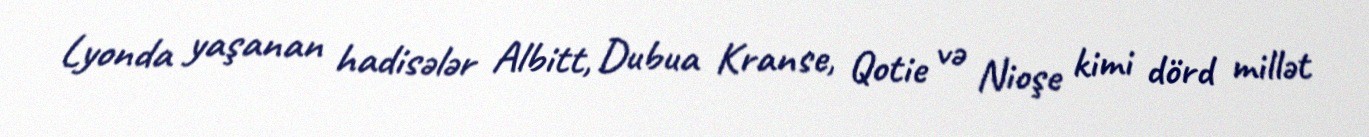
Lyonda yaşanan hadisələr Albitt, Dubua Kranse, Qotie və Nioşe kimi dörd millət